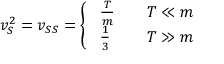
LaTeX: v _ { S } ^ { 2 } = v _ { S S } = \left\{ \ \begin{array} { l l } { { \frac T m } } & { { \quad T \ll m } } \\ { { \frac 1 3 } } & { { \quad T \gg m } } \end{array} \right.